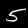
Digit: 5